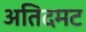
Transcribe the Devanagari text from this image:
अतिदमट